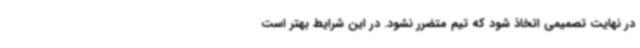
در نهایت تصمیمی اتخاذ شود که تیم متضرر نشود. در این شرایط بهتر است